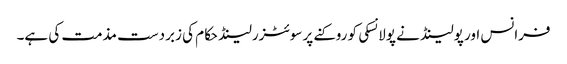
فرانس اور پولینڈ نے پولانسکی کو روکنے پر سوئٹزرلینڈ حکام کی زبردست مذمت کی ہے۔